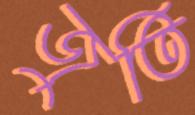
জুতি